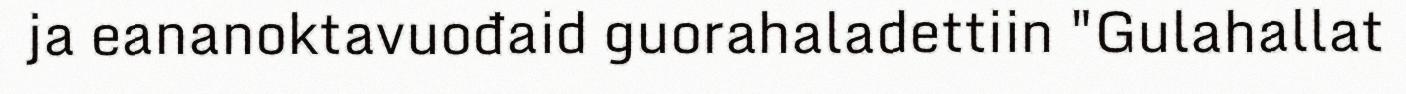
ja eananoktavuođaid guorahaladettiin "Gulahallat